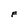
Character: F